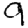
Digit: 9